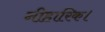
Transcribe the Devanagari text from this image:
नीहारिक।